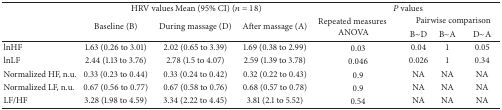
<table><thead><tr><td rowspan="3"><b> </b></td><td colspan="3"><b>HRV values Mean (95% CI) (<i>n</i> = 18)</b></td><td colspan="4"><b><i>P</i> values</b></td></tr><tr><td rowspan="2"><b>Baseline (B)</b></td><td rowspan="2"><b>During massage (D)</b></td><td rowspan="2"><b>After massage (A)</b></td><td rowspan="2"><b>Repeated measures ANOVA</b></td><td colspan="3"><b>Pairwise comparison</b></td></tr><tr><td><b>B~D</b></td><td><b>B~A</b></td><td><b>D~A</b></td></tr></thead><tbody><tr><td>lnHF</td><td>1.63 (0.26 to 3.01)</td><td>2.02 (0.65 to 3.39)</td><td>1.69 (0.38 to 2.99)</td><td>0.03</td><td>0.04</td><td>1</td><td>0.05</td></tr><tr><td>lnLF</td><td>2.44 (1.13 to 3.76)</td><td>2.78 (1.5 to 4.07)</td><td>2.59 (1.39 to 3.78)</td><td>0.046</td><td>0.026</td><td>1</td><td>0.34</td></tr><tr><td>Normalized HF, n.u.</td><td>0.33 (0.23 to 0.44)</td><td>0.33 (0.24 to 0.42)</td><td>0.32 (0.22 to 0.43)</td><td>0.9</td><td>NA</td><td>NA</td><td>NA</td></tr><tr><td>Normalized LF, n.u.</td><td>0.67 (0.56 to 0.77)</td><td>0.67 (0.58 to 0.76)</td><td>0.68 (0.57 to 0.78)</td><td>0.9</td><td>NA</td><td>NA</td><td>NA</td></tr><tr><td>LF/HF</td><td>3.28 (1.98 to 4.59)</td><td>3.34 (2.22 to 4.45)</td><td>3.81 (2.1 to 5.52)</td><td>0.54</td><td>NA</td><td>NA</td><td>NA</td></tr></tbody></table>